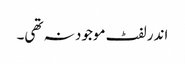
اندر لفٹ موجود نہ تھی۔